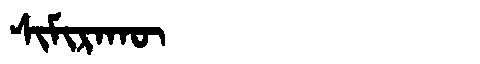
Manchu: ᠰᡳᠮᡳᡵᠠᡴᡡ
Romanization: SIMIRAKŪ